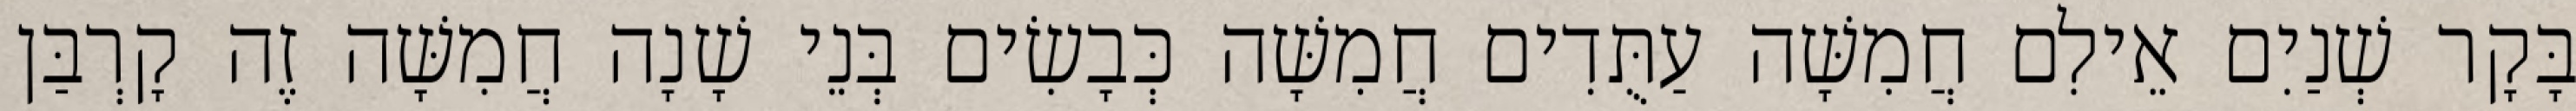
בָּקָר שְׁנַיִם אֵילִם חֲמִשָּׁה עַתֻּדִים חֲמִשָּׁה כְּבָשִׂים בְּנֵי שָׁנָה חֲמִשָּׁה זֶה קָרְבַּן